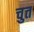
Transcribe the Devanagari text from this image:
चुत